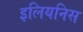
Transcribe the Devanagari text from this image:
इलियनिस